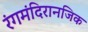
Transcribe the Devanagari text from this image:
रंगमंदिरानजिक